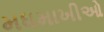
મધમાખીઓ